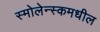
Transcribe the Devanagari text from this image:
स्मोलेन्स्कमधील